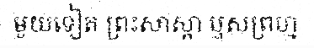
មួយទៀត ព្រះសាស្តា ឬសព្រហ្ម